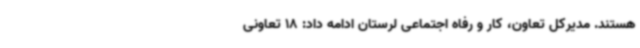
هستند. مدیرکل تعاون، کار و رفاه اجتماعی لرستان ادامه داد: 18 تعاونی